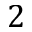
2